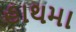
હાથમા